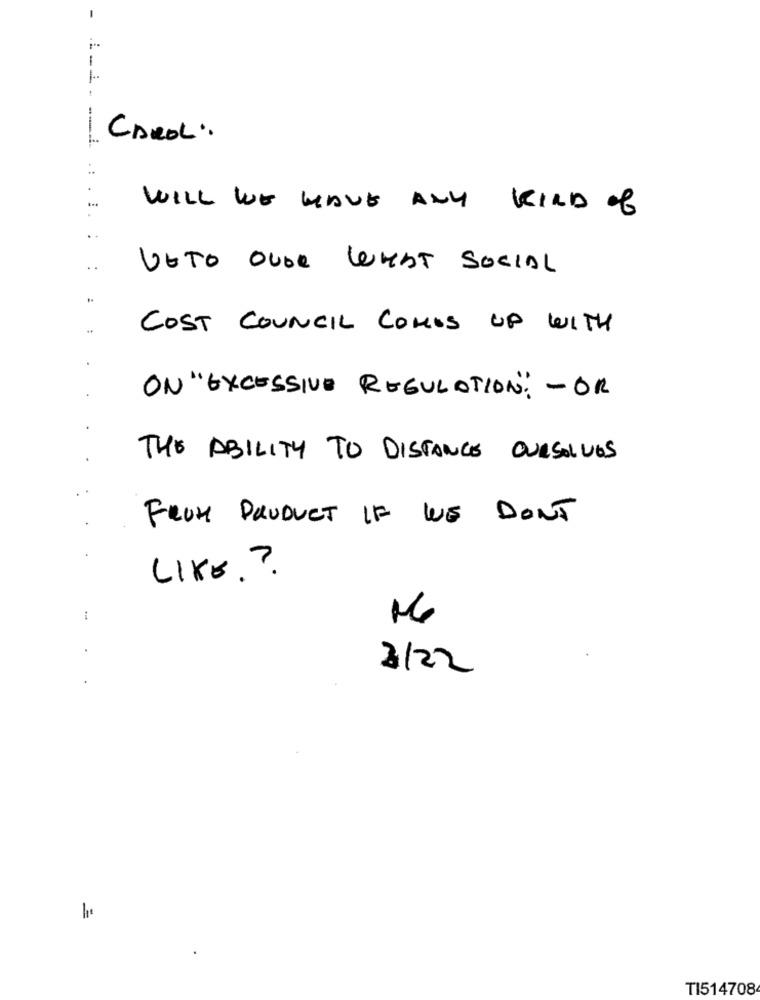
1
- -
CAROL:
WILL WE HAVE ANY KIND of
VETO OVER WHAT SOCIAL
COST COUNCIL COMIS UP WITH
ON "EXCESSIVE REGULATION" - OR
THE ABILITY TO DISTANCE OURSOLVES
FROM PRODUCT IF WE DON'T
LIKE. ?
3/22
TI514708